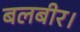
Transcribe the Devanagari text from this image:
बलबीर।